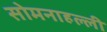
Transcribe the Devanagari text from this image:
सोमनाहल्ली